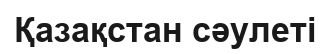
Қазақстан сәулеті